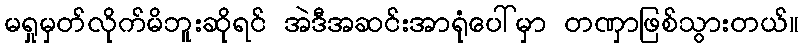
မရှုမှတ်လိုက်မိဘူးဆိုရင် အဲဒီအဆင်းအာရုံပေါ်မှာ တဏှာဖြစ်သွားတယ်။